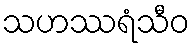
သဟဿရံသီဝ